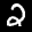
Label: 2